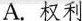
( )2.What does the underlined word”they”in Paragraph2refer to?